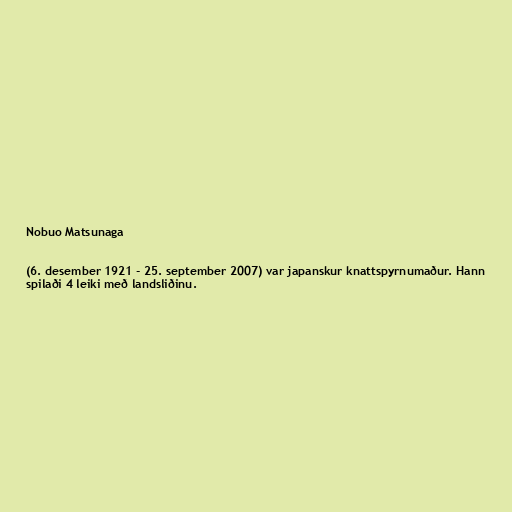
Nobuo Matsunaga

(6. desember 1921 - 25. september 2007) var japanskur knattspyrnumaður. Hann
spilaði 4 leiki með landsliðinu.